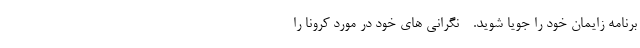
برنامه زایمان خود را جویا شوید. - نگرانی های خود در مورد کرونا را